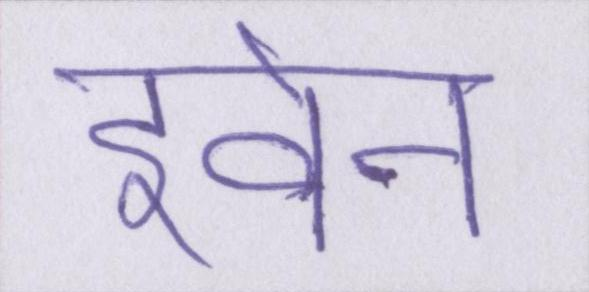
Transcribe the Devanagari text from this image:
इवेन